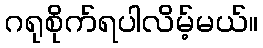
ဂရုစိုက်ရပါလိမ့်မယ်။